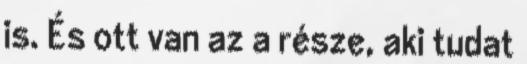
is. És ott van az a része, aki tudat